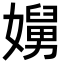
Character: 𭒥